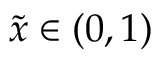
{ \tilde { x } } \in ( 0 , 1 )